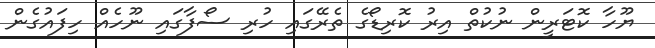
ޔޫހާ ކޮޓަރީން ނުކުތް އިރު ކޮރިޑޯގެ ތެރޭގައި ހުރި ސޯފާގައި ނޫހެއް ހިފައުގެން